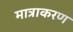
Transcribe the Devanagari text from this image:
मात्राकरण